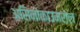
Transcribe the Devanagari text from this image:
असिनोकाउमरोल